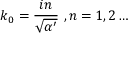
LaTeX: k _ { 0 } = \frac { i n } { \sqrt { \alpha ^ { \prime } } } \ , n = 1 , 2 \dots